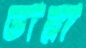
ভারা